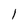
Character: 1